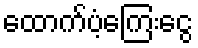
ထောက်ပံ့ကြေးငွေ